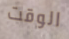
الوقت